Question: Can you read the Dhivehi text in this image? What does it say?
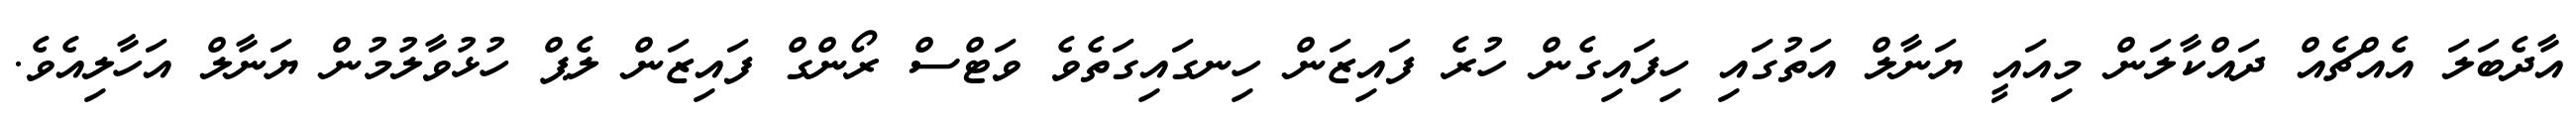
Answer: އާދެބަލަ އެއްޗެއް ދައްކާލަން މިއައީ ޔަނާލް އަތުގައި ހިފައިގެން ހުރެ ފައިޒަން ހިނގައިގަތެވެ ވަޓްސް ރޯންގް ފައިޒަން ލެޕް ހުޅުވާލުމުން ޔަނާލް އަހާލިއެވެ.